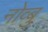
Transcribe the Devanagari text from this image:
नोव्बु